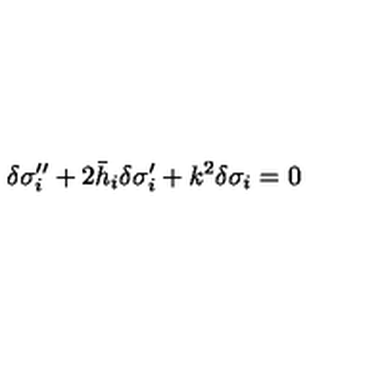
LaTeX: \delta \sigma _ { i } ^ { \prime \prime } + 2 \bar { h } _ { i } \delta \sigma _ { i } ^ { \prime } + k ^ { 2 } \delta \sigma _ { i } = 0